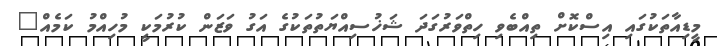
މީޑިއާތަކުގައި އިސްކޮށް ތިއްބެވި ހިތްވަރުގަދަ ޝަޚުސިއްޔަތުތަކުގެ އަގު ވަޒަން ކުރުމަކީ މުހިއްމު ކަމެއް"